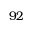
9 2